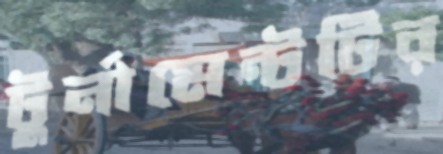
টুর্নামেন্টটির